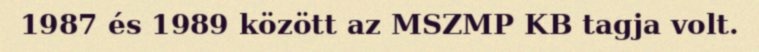
1987 és 1989 között az MSZMP KB tagja volt.